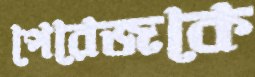
পেরেজকে